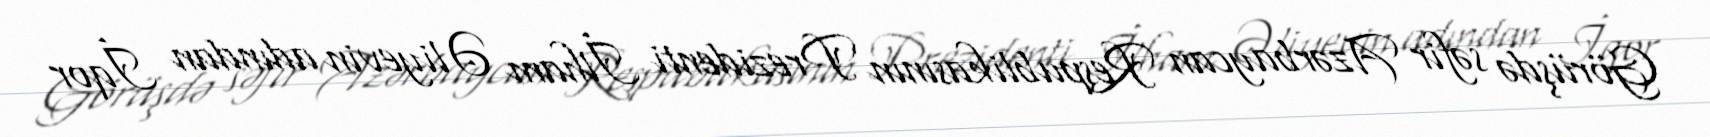
Görüşdə səfir Azərbaycan Respublikasının Prezidenti İlham Əliyevin adından İqor